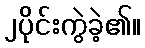
၂ပိုင်းကွဲခဲ့၏။